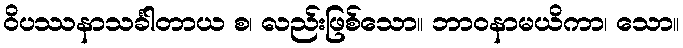
ဝိပဿနာသင်္ခါတာယ စ၊ လည်းဖြစ်သော။ ဘာဝနာမယိကာ၊ သော။